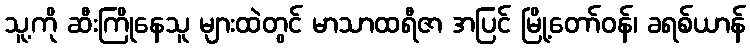
သူ့ကို ဆီးကြိုနေသူ များထဲတွင် မာသာထရီဇာ အပြင် မြို့တော်ဝန်၊ ခရစ်ယာန်